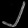
Digit: ၂